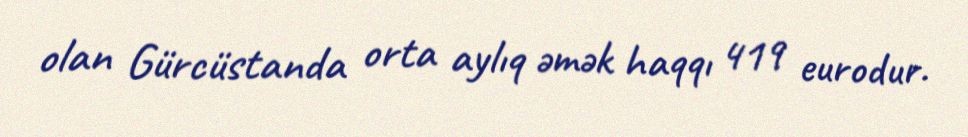
olan Gürcüstanda orta aylıq əmək haqqı 419 eurodur.